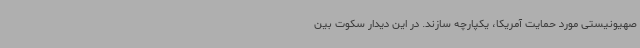
صهیونیستی مورد حمایت آمریکا، یکپارچه سازند. در این دیدار سکوت بین